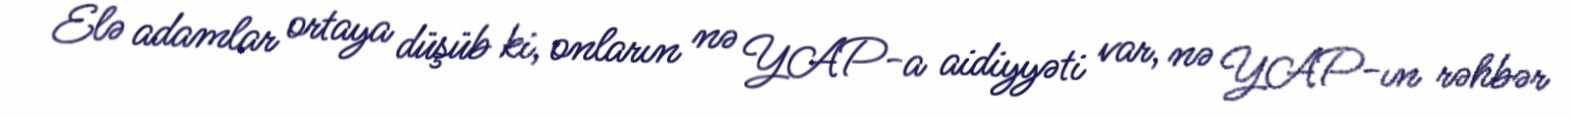
Elə adamlar ortaya düşüb ki, onların nə YAP-a aidiyyəti var, nə YAP-ın rəhbər